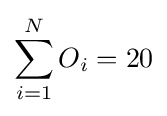
\sum _{i=1}^{N}O_{i}=20